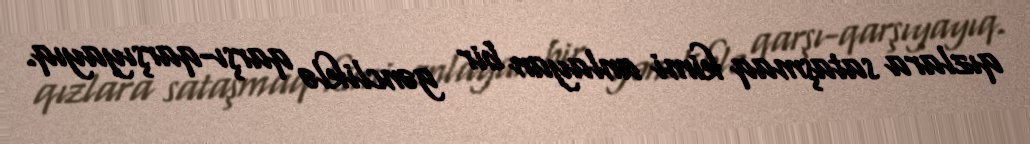
qızlara sataşmaq kimi anlayan bir gəncliklə qarşı-qarşıyayıq.